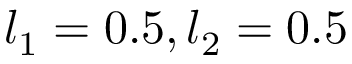
l _ { 1 } = 0 . 5 , l _ { 2 } = 0 . 5